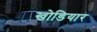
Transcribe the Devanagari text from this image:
खोडियार